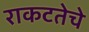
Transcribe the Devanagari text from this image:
राकटतेचे